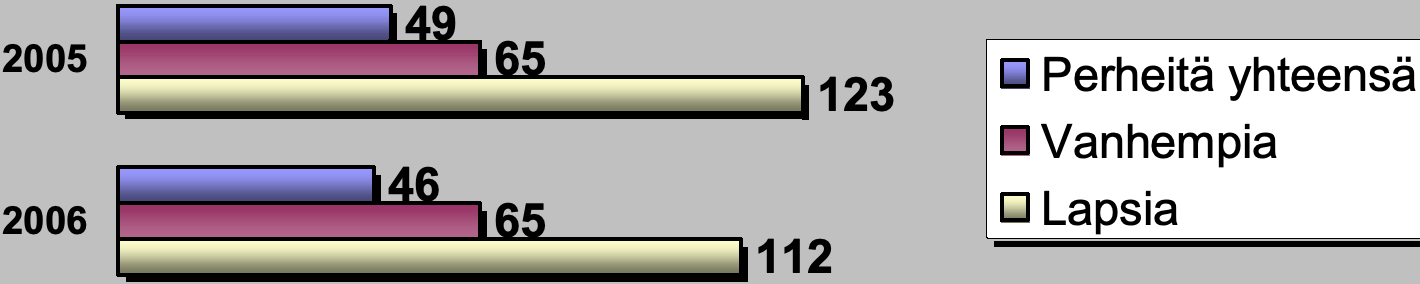
49 2005             65 Perheitä yhteensä 123 Vanhempia 46 2006             65                Lapsia 112